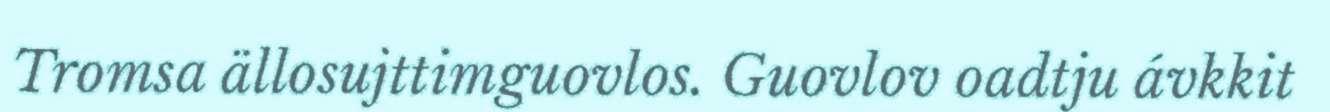
Tromsa ällosujttimguovlos. Guovlov oadtju ávkkit